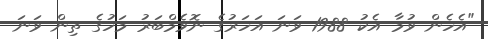
"އެހެން ވުމާ އެކު 1988 ވަނަ އަހަރުގެ ނޮވެމްބަރު މަހުގެ ތިން ވަނަ